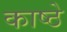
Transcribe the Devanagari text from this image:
काष्ठे